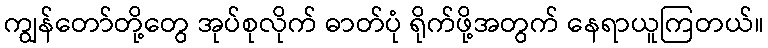
ကျွန်တော်တို့တွေ အုပ်စုလိုက် ဓာတ်ပုံ ရိုက်ဖို့အတွက် နေရာယူကြတယ်။